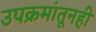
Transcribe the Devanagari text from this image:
उपक्रमांतूनही